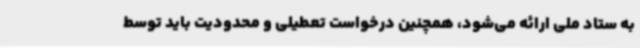
به ستاد ملی ارائه می‌شود، همچنین درخواست تعطیلی و محدودیت باید توسط